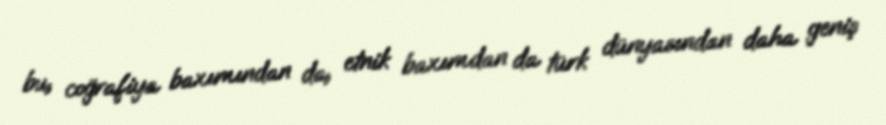
bu, coğrafiya baxımından da, etnik baxımdan da türk dünyasından daha geniş